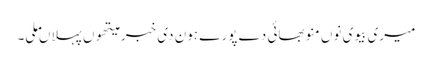
میری بیوی نوں منو بھائی دے پورے ہون دی خبر میتھوں پہلاں ملی۔